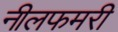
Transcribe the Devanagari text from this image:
नीलफमरी